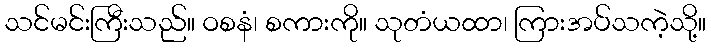
သင်မင်းကြီးသည်။ ဝစနံ၊ စကားကို။ သုတံယထာ၊ ကြားအပ်သကဲ့သို့။